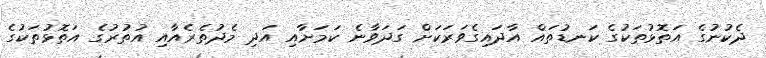
ދެކުނުގެ އަތޮޅުތަކުގެ ކަނޑުތައް އާދައިގެވަރަކަށް ގަދަވާނެ ކަމަށާއި އަދި މެދުތެރެއާއި އުތުރުގެ އަތޮޅުތަކުގެ